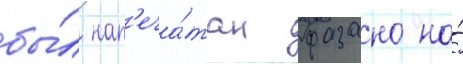
бы́л нап'еча́тан фазано на́